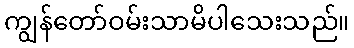
ကျွန်တော်ဝမ်းသာမိပါသေးသည်။